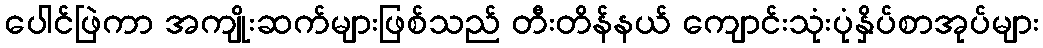
ပေါင်ဖြဲကာ အကျိုးဆက်များဖြစ်သည် တီးတိန်နယ် ကျောင်းသုံးပုံနှိပ်စာအုပ်များ